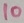
Text: 10